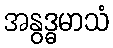
အနွဒ္ဓမာသံ